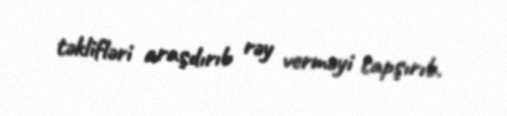
təklifləri araşdırıb rəy verməyi tapşırıb.